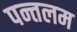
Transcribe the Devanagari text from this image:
पन्तलम